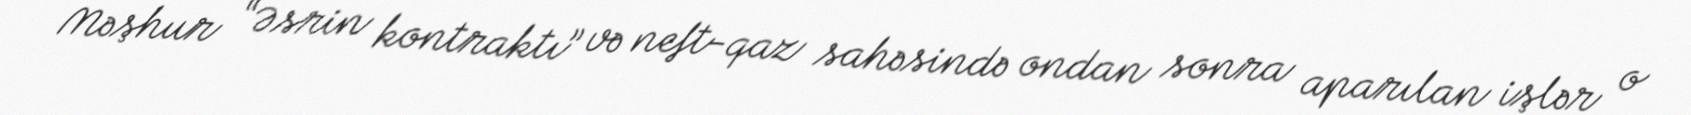
Məşhur “Əsrin kontraktı” və neft-qaz sahəsində ondan sonra aparılan işlər o